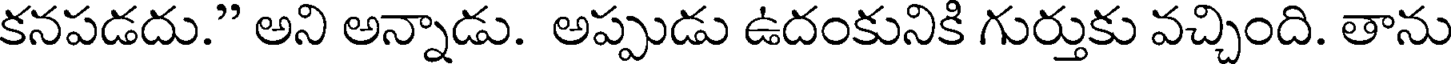
కనపడదు." అని అన్నాడు. అప్పుడు ఉదంకునికి గుర్తుకు వచ్చింది. తాను